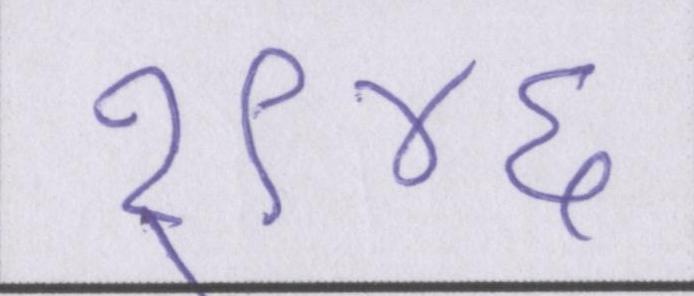
१९४६